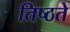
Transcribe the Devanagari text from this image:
तिष्ठते